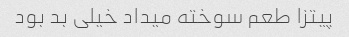
پیتزا طعم سوخته میداد خیلی بد بود